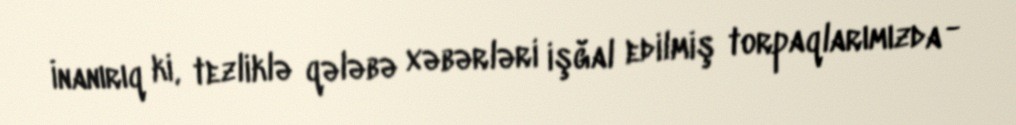
İnanırıq ki, tezliklə qələbə xəbərləri işğal edilmiş torpaqlarımızda -